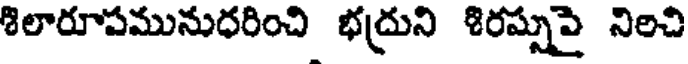
శిలారూపమునుధరించి భద్రుని శిరస్సుపై నిలచి